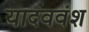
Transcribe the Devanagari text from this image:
यादववंश